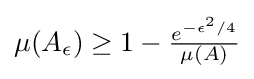
{\textstyle \mu (A_{\epsilon })\geq 1-{\frac {e^{-\epsilon ^{2}/4}}{\mu (A)}}}